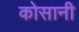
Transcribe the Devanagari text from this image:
कोसानी